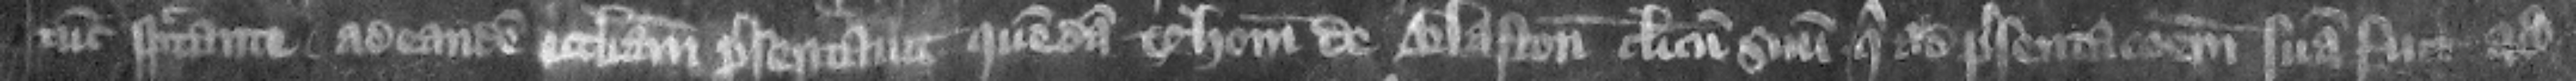
tunc spectate ad eandem ecclesiam presentauit quemdam Thomam de Blaston clericum suum qui ad presentacionem suam fit ad